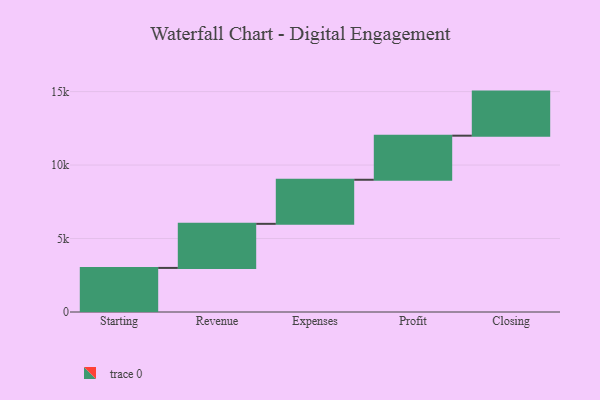
{"axis": {"x": "Step", "y": "Value"}, "legend": [""], "data": [{"x": "Starting", "y": 3000, "type": ""}, {"x": "Revenue", "y": 3000, "type": ""}, {"x": "Expenses", "y": 3000, "type": ""}, {"x": "Profit", "y": 3000, "type": ""}, {"x": "Closing", "y": 3000, "type": ""}]}